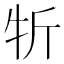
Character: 㸫